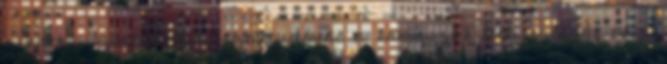
minden pszichológiai szaktudását a kamaszok lelki világát és a